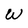
Character: W